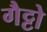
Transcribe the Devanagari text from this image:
गैट्टो